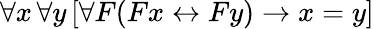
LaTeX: \forall x\, \forall y\, [\forall F(Fx\leftrightarrow Fy)\rightarrow x=y]